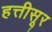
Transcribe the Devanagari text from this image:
हत्तीसूर